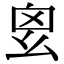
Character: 𢆿